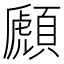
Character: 䫢